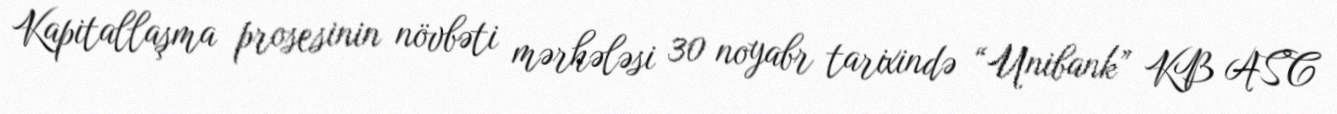
Kapitallaşma prosesinin növbəti mərhələsi 30 noyabr tarixində “Unibank” KB ASC